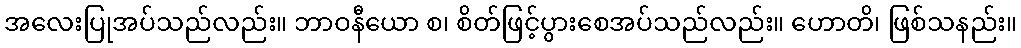
အလေးပြုအပ်သည်လည်း။ ဘာဝနီယော စ၊ စိတ်ဖြင့်ပွားစေအပ်သည်လည်း။ ဟောတိ၊ ဖြစ်သနည်း။